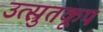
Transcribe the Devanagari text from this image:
उत्स्रुतकूप